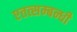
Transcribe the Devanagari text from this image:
एतत्सम्बन्धी